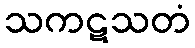
သကဋသတံ